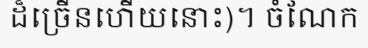
ដ៏ច្រើនហើយនោះ)។ ចំណែក